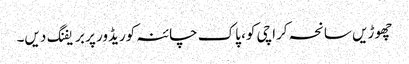
چھوڑیں سانحہ کراچی کو، پاک چائنہ کوریڈور پر بریفنگ دیں۔